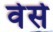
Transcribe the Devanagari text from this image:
वेर्स